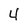
Character: 4